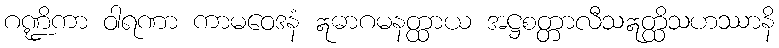
ဂဏ္ဍိကာ ဝါရဏာ ကာမဝေဒနံ ဣဓာဂမနတ္ထာယ အဋ္ဌစတ္တာလီသဣတ္ထိသဟဿာနိ